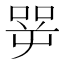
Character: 㖾